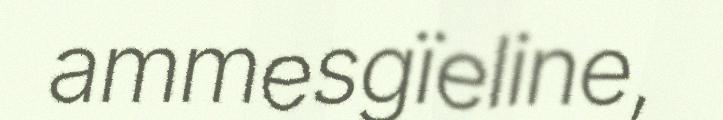
ammesgïeline,